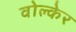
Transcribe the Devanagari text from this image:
वोल्केर